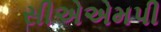
સીએએમપી